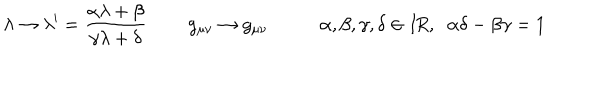
\lambda \rightarrow \lambda ^ { \prime } = \frac { \alpha \lambda + \beta } { \gamma \lambda + \delta } \; \; g _ { \mu \nu } \rightarrow g _ { \mu \nu } \; \alpha , \beta , \gamma , \delta \in I \! R , \; \; \alpha \delta - \beta \gamma = 1